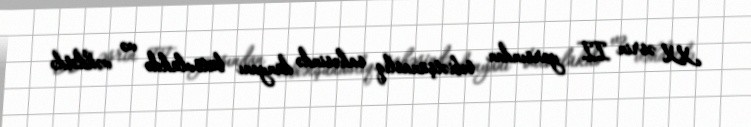
XX əsrin II yarsından təbiətşünaslıq sahəsində dünyanı bütövlükdə və vəhdətdə